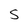
Character: S